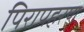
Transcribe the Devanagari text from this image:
पिरापहरण